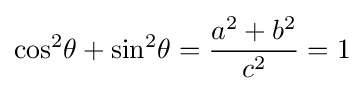
{\cos }^{2}\theta +{\sin }^{2}\theta ={\frac {a^{2}+b^{2}}{c^{2}}}=1